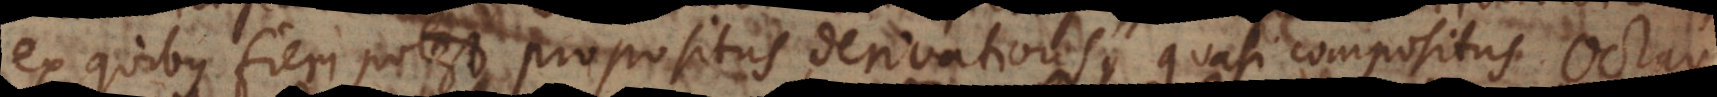
ex quibus fieri potest propositus derivativus, quasi compositus. O